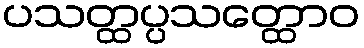
ပသတ္ထပ္ပသတ္ထောဝ